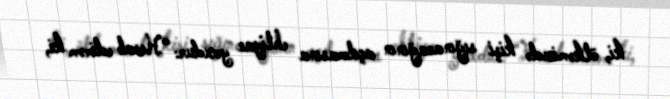
ki, ölkəmizdə kişi sığınacağının açılmasına ehtiyac yoxdur: “Hesab edirəm ki,